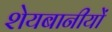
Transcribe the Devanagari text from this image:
शेयबानीयों